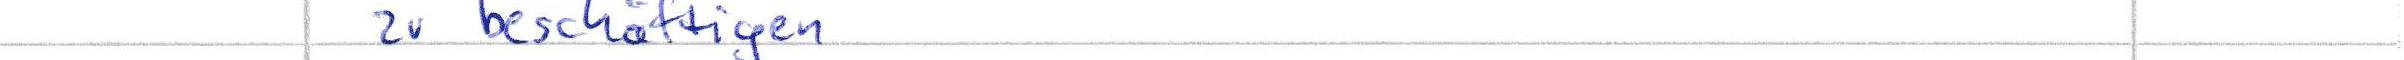
zu beschäftigen